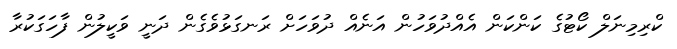
ކްރިމިނަލް ކޯޓުގެ ކަންކަން އެއްދުވަހުން އަނެއް ދުވަހަށް ރަނގަޅުވެގެން ދަނީ ވަކީލުން ފާހަގަކުރާ